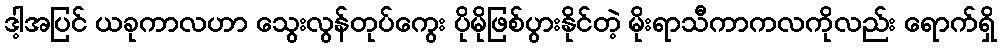
ဒါ့အပြင် ယခုကာလဟာ သွေးလွန်တုပ်ကွေး ပိုမိုဖြစ်ပွားနိုင်တဲ့ မိုးရာသီကာကလကိုလည်း ရောက်ရှိ